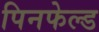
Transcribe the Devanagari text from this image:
पिनफेल्ड